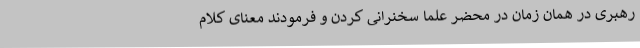
رهبری در همان زمان در محضر علما سخنرانی کردن و فرمودند معنای کلام